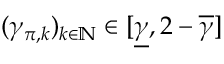
( \gamma _ { \pi , k } ) _ { k \in \mathbb { N } } \in [ \underline { { \gamma } } , 2 - \overline { { \gamma } } ]